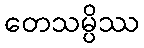
တေသမ္ပိဿ